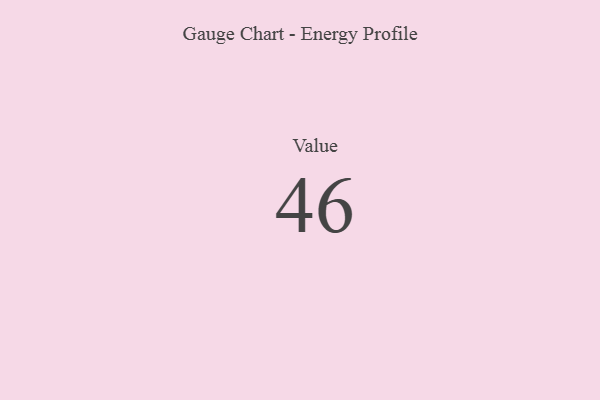
{"axis": {"x": "Metric", "y": "Value"}, "legend": [""], "data": [{"x": "Value", "y": 46, "type": ""}]}